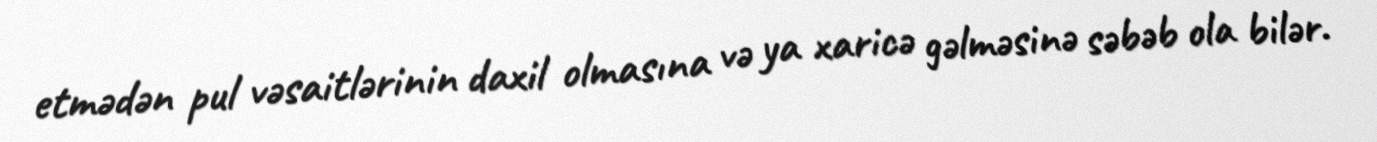
etmədən pul vəsaitlərinin daxil olmasına və ya xaricə gəlməsinə səbəb ola bilər.